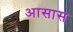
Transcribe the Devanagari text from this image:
आसास